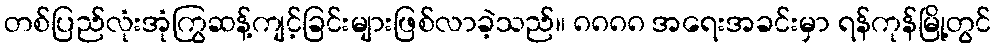
တစ်ပြည်လုံးအုံကြွဆန့်ကျင့်ခြင်းများဖြစ်လာခဲ့သည်။ ၈၈၈၈ အရေးအခင်းမှာ ရန်ကုန်မြို့တွင်